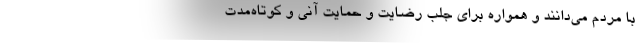
با مردم می‌دانند و همواره برای جلب رضایت و حمایت آنی و کوتاه‌مدت